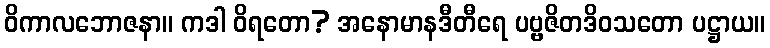
ဝိကာလဘောဇနာ။ ကဒါ ဝိရတော? အနောမာနဒီတီရေ ပဗ္ဗဇိတဒိဝသတော ပဋ္ဌာယ။